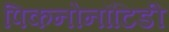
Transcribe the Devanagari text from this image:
पिकनोनॉटिडी